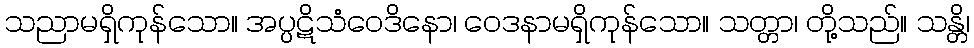
သညာမရှိကုန်သော။ အပ္ပဋိသံဝေဒိနော၊ ဝေဒနာမရှိကုန်သော။ သတ္တာ၊ တို့သည်။ သန္တိ၊